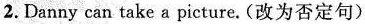
2. Danny can take a picture.(改为否定句)